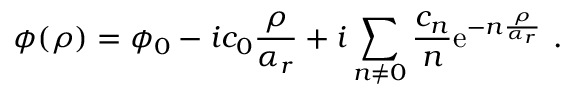
\phi ( \rho ) = \phi _ { 0 } - i c _ { 0 } { \frac { \rho } { \alpha _ { r } } } + i \sum _ { n \neq 0 } \frac { c _ { n } } { n } \mathrm { e } ^ { - n { \frac { \rho } { \alpha _ { r } } } } \ .